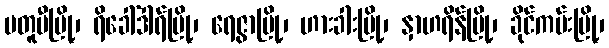
မတူပီမြို့၊ ရိခေါ်ဒါရ်မြို့၊ ရေဇွာမြို့၊ ဟားခါးမြို့၊ နှာဟရိန်မြို့၊ ခိုင်ကမ်းမြို့၊